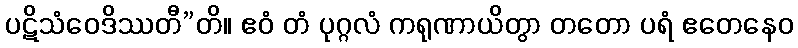
ပဋိသံဝေဒိဿတီ”တိ။ ဧဝံ တံ ပုဂ္ဂလံ ကရုဏာယိတွာ တတော ပရံ ဧတေနေဝ